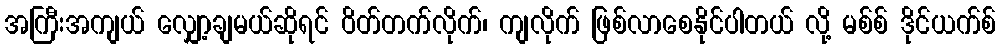
အကြီးအကျယ် လျှော့ချမယ်ဆိုရင် ဝိတ်တက်လိုက်၊ ကျလိုက် ဖြစ်လာစေနိုင်ပါတယ် လို့ မစ်စ် ဒိုင်ယက်စ်